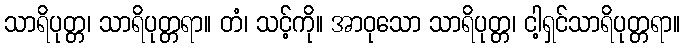
သာရိပုတ္တ၊ သာရိပုတ္တရာ။ တံ၊ သင့်ကို။ အာဝုသော သာရိပုတ္တ၊ ငါ့ရှင်သာရိပုတ္တရာ။